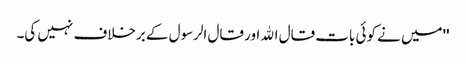
''میں نے کوئی بات قال اﷲ اور قال الرسول کے برخلاف نہیں کی۔